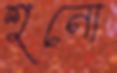
শুনো